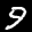
Label: 9